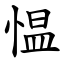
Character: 愠